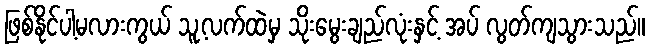
ဖြစ်နိုင်ပါ့မလားကွယ် သူ့လက်ထဲမှ သိုးမွေးချည်လုံးနှင့် အပ် လွတ်ကျသွားသည်။